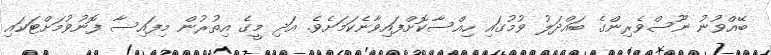
ބޭއްވުނު ނޫސްވެރިންގެ ބައްދަލު ވުމުގައި ހިއްސާކޮށްފައިވާނެކަމަށެވެ. އަދި މީގެ އިތުރުން މިފައިސާ ފޮނުވުމަށްޓަކައި